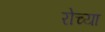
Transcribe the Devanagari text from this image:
रोच्या